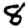
Digit: 8